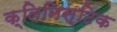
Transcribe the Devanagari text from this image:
क्लिनिस्टिक